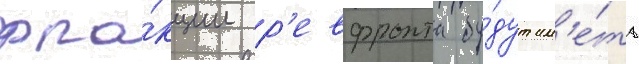
фра́кции р'евфронта бу́дут им'е́ть